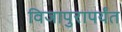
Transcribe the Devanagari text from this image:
विजापुरापर्यंत